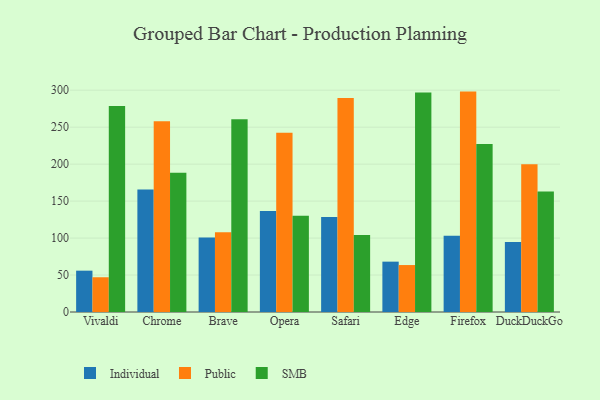
{"axis": {"x": "Browser", "y": "Energy Usage (MWh)"}, "legend": ["Individual", "Public", "SMB"], "data": [{"x": "Vivaldi", "y": 55.9, "type": "Individual"}, {"x": "Vivaldi", "y": 47.0, "type": "Public"}, {"x": "Vivaldi", "y": 278.7, "type": "SMB"}, {"x": "Chrome", "y": 165.8, "type": "Individual"}, {"x": "Chrome", "y": 257.9, "type": "Public"}, {"x": "Chrome", "y": 188.5, "type": "SMB"}, {"x": "Brave", "y": 100.7, "type": "Individual"}, {"x": "Brave", "y": 107.9, "type": "Public"}, {"x": "Brave", "y": 260.6, "type": "SMB"}, {"x": "Opera", "y": 136.5, "type": "Individual"}, {"x": "Opera", "y": 242.6, "type": "Public"}, {"x": "Opera", "y": 130.1, "type": "SMB"}, {"x": "Safari", "y": 128.6, "type": "Individual"}, {"x": "Safari", "y": 289.5, "type": "Public"}, {"x": "Safari", "y": 104.2, "type": "SMB"}, {"x": "Edge", "y": 68.1, "type": "Individual"}, {"x": "Edge", "y": 63.5, "type": "Public"}, {"x": "Edge", "y": 296.8, "type": "SMB"}, {"x": "Firefox", "y": 103.0, "type": "Individual"}, {"x": "Firefox", "y": 298.1, "type": "Public"}, {"x": "Firefox", "y": 227.2, "type": "SMB"}, {"x": "DuckDuckGo", "y": 94.7, "type": "Individual"}, {"x": "DuckDuckGo", "y": 199.7, "type": "Public"}, {"x": "DuckDuckGo", "y": 163.1, "type": "SMB"}]}